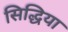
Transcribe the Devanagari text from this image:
सिद्धिया